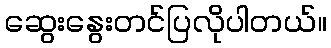
ဆွေးနွေးတင်ပြလိုပါတယ်။